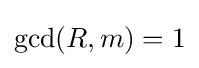
\gcd(R,m)=1